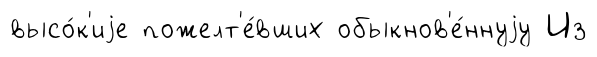
высо́к'иjе пожелт'е́вших обыкнов'е́ннуjу Из